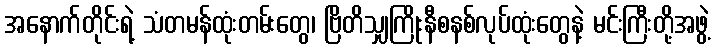
အနောက်တိုင်းရဲ့ သံတမန်ထုံးတမ်းတွေ၊ ဗြိတိသျှကြိုးနီစနစ်လုပ်ထုံးတွေနဲ့ မင်းကြီးတို့အဖွဲ့